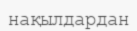
нақылдардан